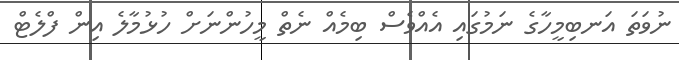
ނުވަތަ އަނބިމީހާގެ ނަމުގައި އެއްވެސް ބިމެއް ނެތް މީހުންނަށް ހުޅުމާލެ އިން ފްލެޓް